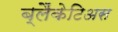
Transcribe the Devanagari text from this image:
ब्लैंकेटिअस